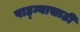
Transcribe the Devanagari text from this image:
पाह्न्यासाठी